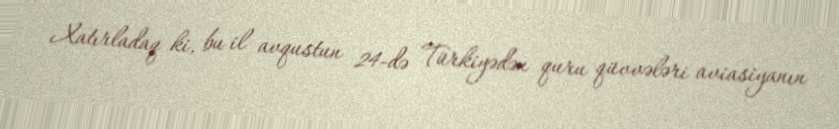
Xatırladaq ki, bu il avqustun 24-də Türkiyədən quru qüvvələri aviasiyanın